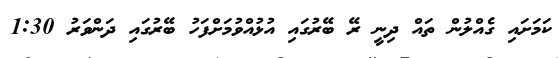
ކަމަށައި ގެއްލުން ތައް ދިނީ ރޭ ބޭރުގައި އުޅުއްވުމަށްފަހު ބޭރުގައި ދަންވަރު 1:30